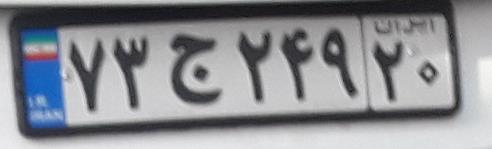
۷۳ج۲۴۹۲۰